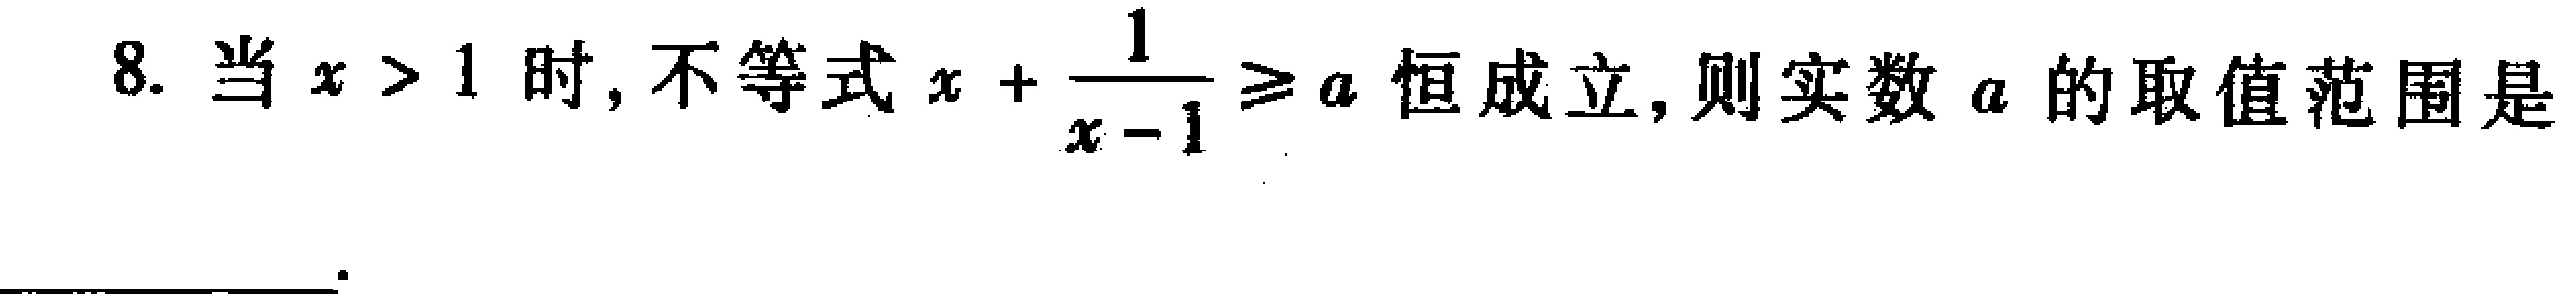
8. 当$x > 1$时, 不等式$x+\dfrac{1}{x - 1}\geqslant a$恒成立, 则实数$a$的取值范围是___。